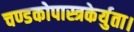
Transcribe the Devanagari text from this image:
चण्डकोपास्त्रकेर्युता।